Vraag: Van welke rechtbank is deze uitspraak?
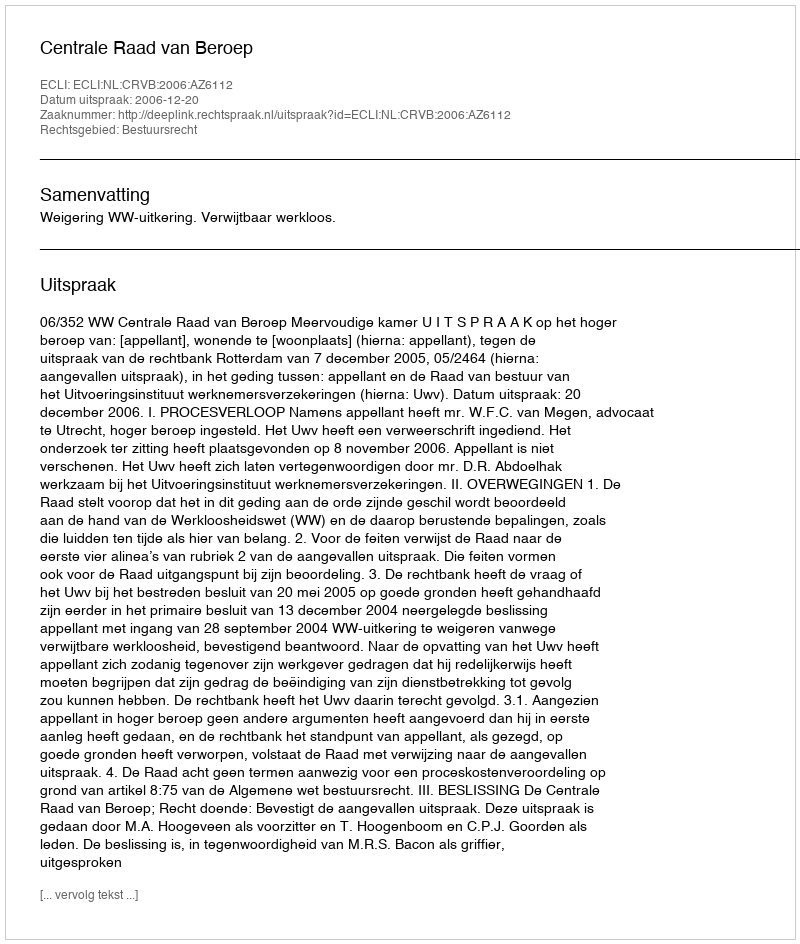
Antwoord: Centrale Raad van Beroep